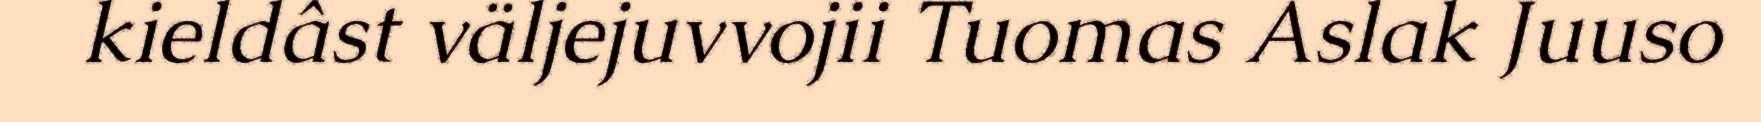
kieldâst väljejuvvojii Tuomas Aslak Juuso